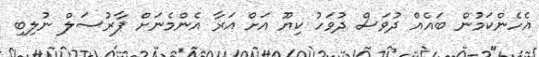
އެހެންކަމުން ބައެއް ދުވަސް ދުވަހު ކިޔޫ އަށް އަރާ އެންމެނަށް ޕާރުސަލް ނުލިބި